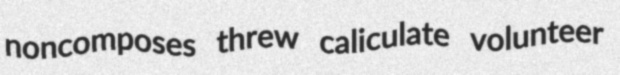
noncomposes threw caliculate volunteer